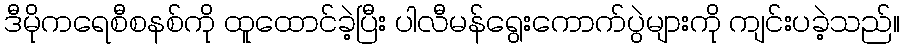
ဒီမိုကရေစီစနစ်ကို ထူထောင်ခဲ့ပြီး ပါလီမန်ရွေးကောက်ပွဲများကို ကျင်းပခဲ့သည်။